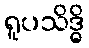
ရူပသိဒ္ဓိ